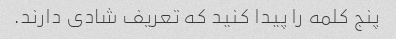
پنج کلمه را پیدا کنید که تعریف شادی دارند.